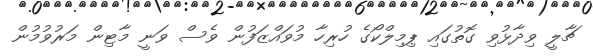
ޗާލީ ވިދާޅުވި ގޮތުގައި ޕިމިލްކޯގެ ހުރިހާ މުވައްޒަފުން ވެސް ވަނީ މާޓިން މަރުވުމުން